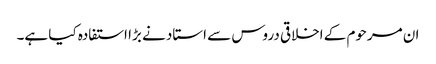
ان مرحوم کے اخلاقی دروس سے استاد نے بڑا استفادہ کیا ہے۔